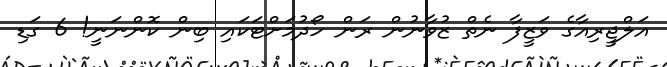
އަލްޖީރިއާގެ ވަޒީފާ ނެތް ޒުވާނުން ރަން ހޯދުމަށްޓަކައި ބިން ކޮންނަނީ! 6 ގަޑި